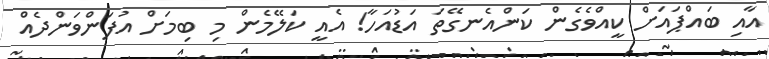
އާއި ބައްޕައަށް ކީއްވެގެން ކަންއެނގޭތަ އަޑުއަހާ! އެއީ ކަލޭމެން މި ބިމަށް އުފަންވަންދެއް